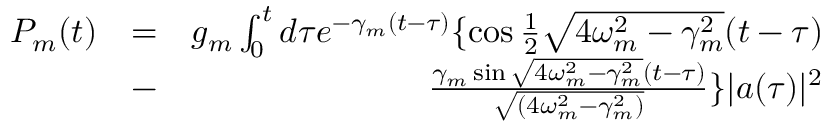
\begin{array} { r l r } { P _ { m } ( t ) } & { = } & { g _ { m } \int _ { 0 } ^ { t } d \tau e ^ { - \gamma _ { m } ( t - \tau ) } \{ \cos \frac { 1 } { 2 } \sqrt { 4 \omega _ { m } ^ { 2 } - \gamma _ { m } ^ { 2 } } ( t - \tau ) } \\ & { - } & { \frac { \gamma _ { m } \sin \sqrt { 4 \omega _ { m } ^ { 2 } - \gamma _ { m } ^ { 2 } } ( t - \tau ) } { \sqrt { ( 4 \omega _ { m } ^ { 2 } - \gamma _ { m } ^ { 2 } ) } } \} | a ( \tau ) | ^ { 2 } } \end{array}